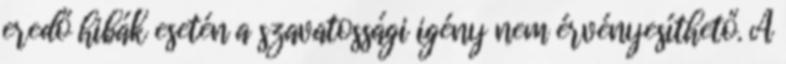
eredő hibák esetén a szavatossági igény nem érvényesíthető. A